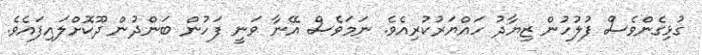
ގުޅިގެންވެސް ފުލުހުން ޒިޔާދު ހައްޔަރުކުރިއެވެ. ނަމަވެސް އޭނާ ވަނީ ފަހުން ބަންދުން ދޫކޮށްލައިފައެވެ.